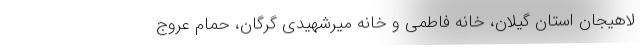
لاهیجان استان گیلان، خانه فاطمی و خانه میرشهیدی گرگان، حمام عروج